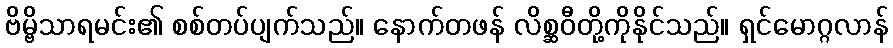
ဗိမ္ဗိသာရမင်း၏ စစ်တပ်ပျက်သည်။ နောက်တဖန် လိစ္ဆဝီတို့ကိုနိုင်သည်။ ရှင်မောဂ္ဂလာန်